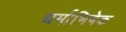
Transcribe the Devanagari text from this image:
धर्माभिषेक